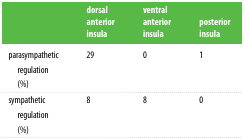
<table><thead><tr><td></td><td><b>dorsal anterior insula</b></td><td><b>ventral anterior insula</b></td><td><b>posterior insula</b></td></tr></thead><tbody><tr><td>parasympathetic regulation (%)</td><td>29</td><td>0</td><td>1</td></tr><tr><td>sympathetic regulation (%)</td><td>8</td><td>8</td><td>0</td></tr></tbody></table>